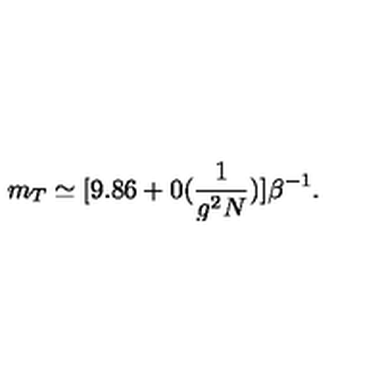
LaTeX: m _ { T } \simeq [ 9 . 8 6 + 0 ( \frac { 1 } { g ^ { 2 } N } ) ] \beta ^ { - 1 } .